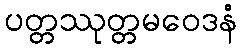
ပတ္တဿုတ္တမဝေဒနံ